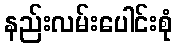
နည်းလမ်းပေါင်းစုံ